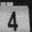
Digit: 4